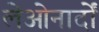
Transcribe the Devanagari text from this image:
लेओनार्दों